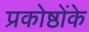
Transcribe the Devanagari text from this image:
प्रकोष्ठोंके